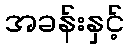
အခန်းနှင့်